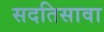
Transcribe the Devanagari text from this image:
सदतिसावा